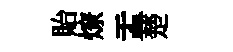
貽燎盂楚